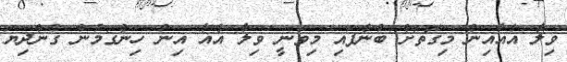
ވިލާ އެއާއިން މިގޮތަށް ބުނެފައި މިވަނީ ވިލާ އެއާ އިން ހިންގަމުން ގެންދިޔަ